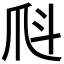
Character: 𤓺